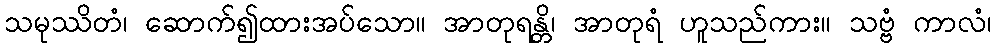
သမုဿိတံ၊ ဆောက်၍ထားအပ်သော။ အာတုရန္တိ၊ အာတုရံ ဟူသည်ကား။ သဗ္ဗံ ကာလံ၊